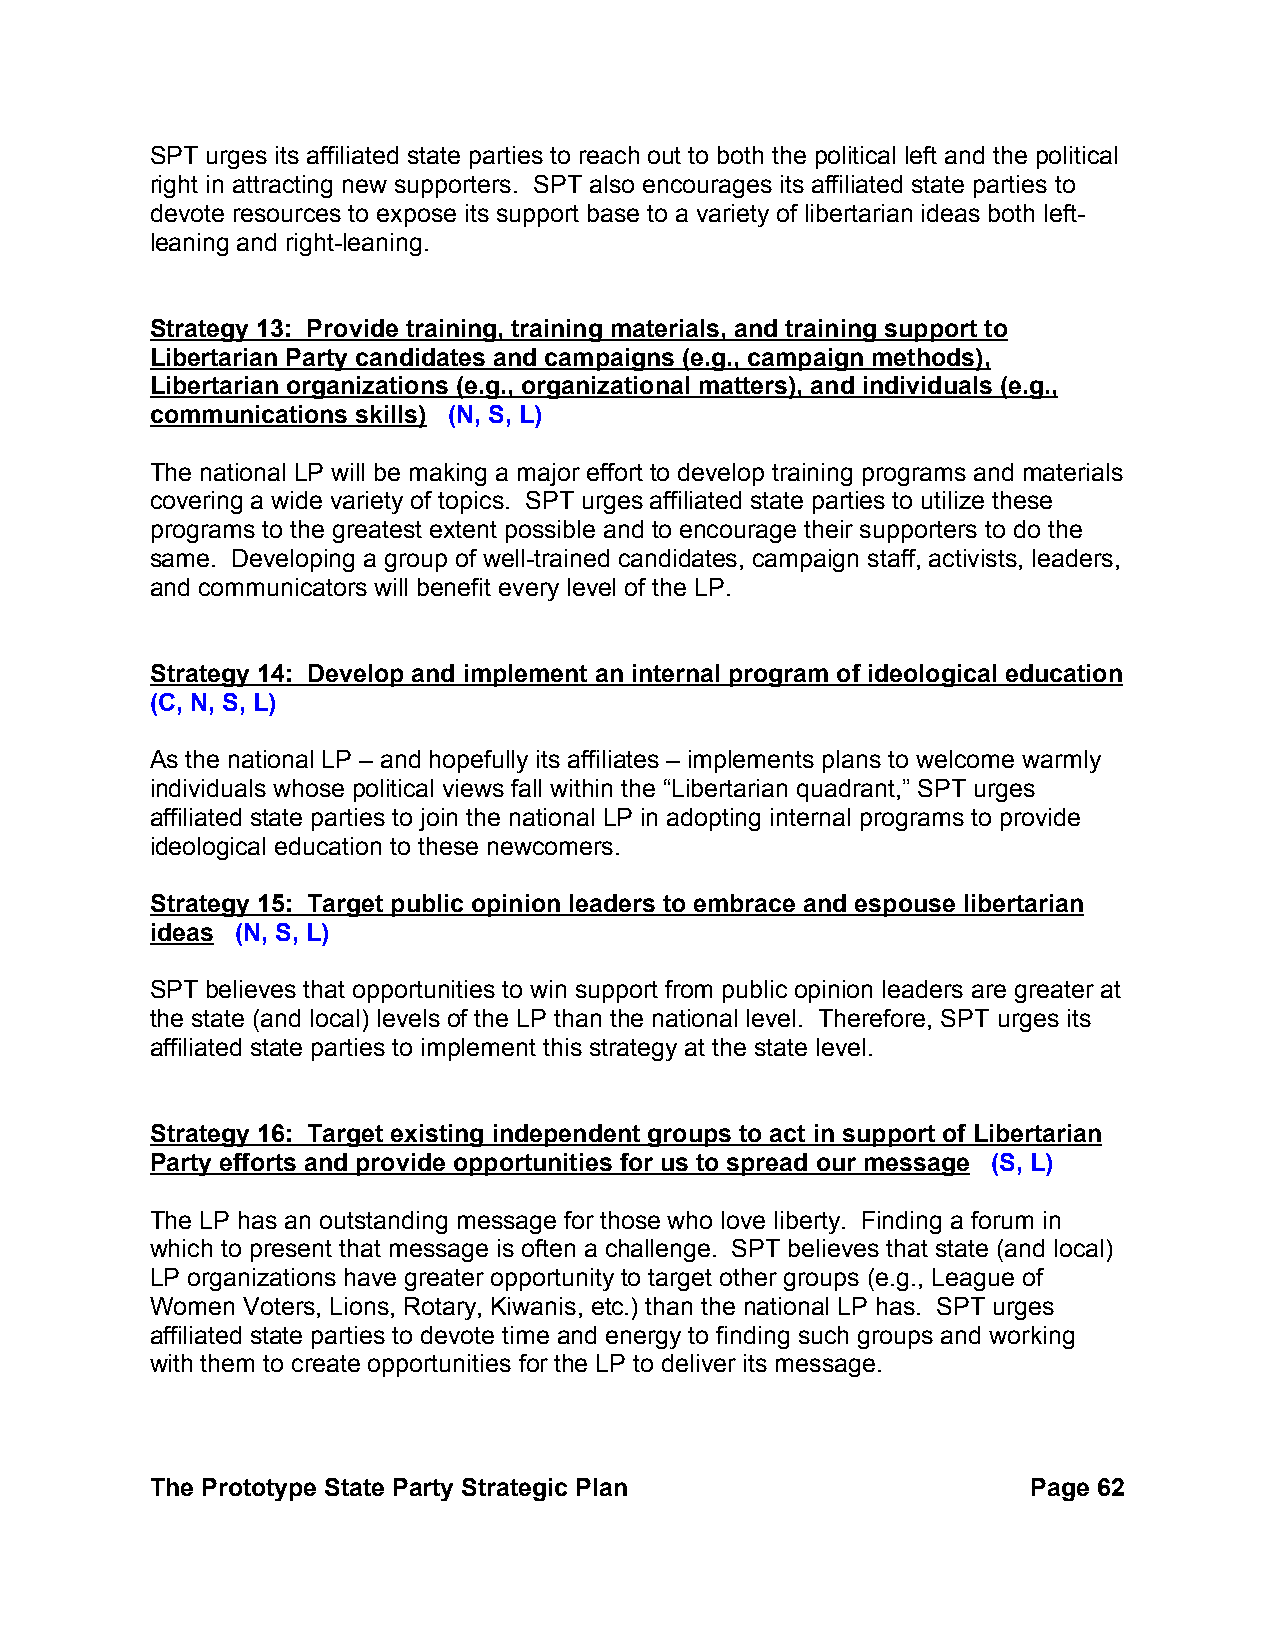
SPT urges its affiliated state parties to reach out to both the political left and the political
 right in attracting new supporters. SPT also encourages its affiliated state parties to
 devote resources to expose its support base to a variety of libertarian ideas both left-
 leaning and right-leaning.
 Strategy 13: Provide training, training materials, and training support to
 Libertarian Party candidates and campaigns (e.g., campaign methods),
 Libertarian organizations (e.g., organizational matters), and individuals (e.g.,
 communications skills) (N, S, L)
 The national LP will be making a major effort to develop training programs and materials
 covering a wide variety of topics. SPT urges affiliated state parties to utilize these
 programs to the greatest extent possible and to encourage their supporters to do the
 same. Developing a group of well-trained candidates, campaign staff, activists, leaders,
 and communicators will benefit every level of the LP.
 Strategy 14: Develop and implement an internal program of ideological education
 (C, N, S, L)
 As the national LP – and hopefully its affiliates – implements plans to welcome warmly
 individuals whose political views fall within the “Libertarian quadrant,” SPT urges
 affiliated state parties to join the national LP in adopting internal programs to provide
 ideological education to these newcomers.
 Strategy 15: Target public opinion leaders to embrace and espouse libertarian
 ideas (N, S, L)
 SPT believes that opportunities to win support from public opinion leaders are greater at
 the state (and local) levels of the LP than the national level. Therefore, SPT urges its
 affiliated state parties to implement this strategy at the state level.
 Strategy 16: Target existing independent groups to act in support of Libertarian
 Party efforts and provide opportunities for us to spread our message (S, L)
 The LP has an outstanding message for those who love liberty. Finding a forum in
 which to present that message is often a challenge. SPT believes that state (and local)
 LP organizations have greater opportunity to target other groups (e.g., League of
 Women Voters, Lions, Rotary, Kiwanis, etc.) than the national LP has. SPT urges
 affiliated state parties to devote time and energy to finding such groups and working
 with them to create opportunities for the LP to deliver its message.
 The Prototype State Party Strategic Plan                  Page 62